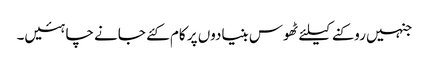
جنہیں روکنے کیلئے ٹھوس بنیادوں پر کام کئے جانے چاہئیں۔